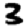
Digit: 3